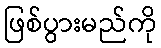
ဖြစ်ပွားမည်ကို